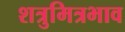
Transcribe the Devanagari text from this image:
शत्रुमित्रभाव